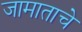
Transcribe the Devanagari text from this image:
जामाताचे